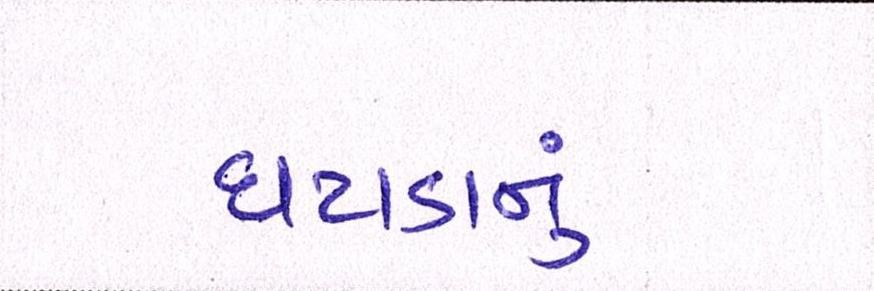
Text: ઘટાડાનું